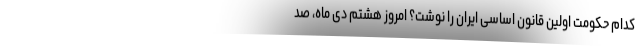
کدام حکومت اولین قانون اساسی ایران را نوشت؟ امروز هشتم دی ماه، صد